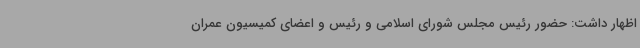
اظهار داشت: حضور رئیس مجلس شورای اسلامی و رئیس و اعضای کمیسیون عمران